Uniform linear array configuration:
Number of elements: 4
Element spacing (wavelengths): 1
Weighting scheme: cosine
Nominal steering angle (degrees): -60
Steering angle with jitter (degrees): -58.546
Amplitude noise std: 0.05
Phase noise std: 0.05

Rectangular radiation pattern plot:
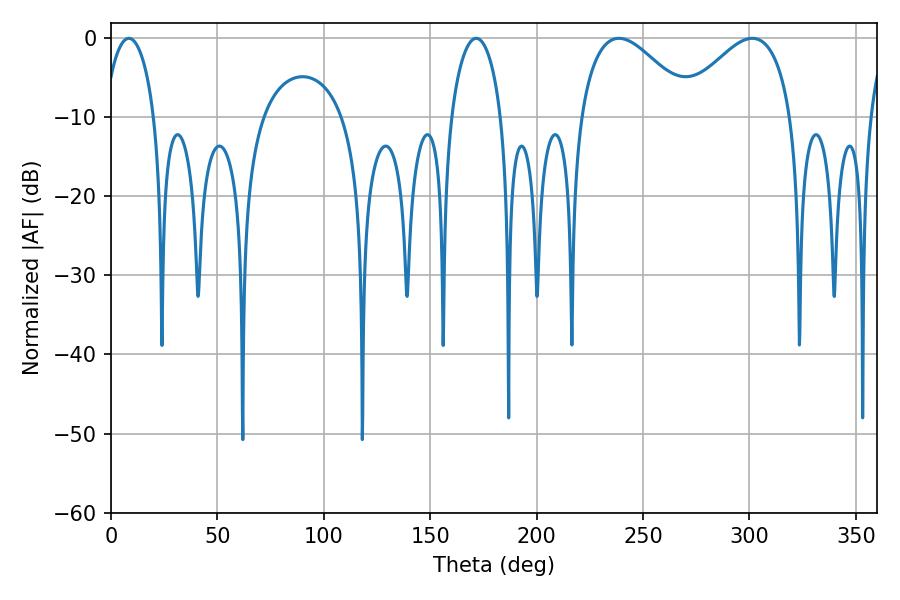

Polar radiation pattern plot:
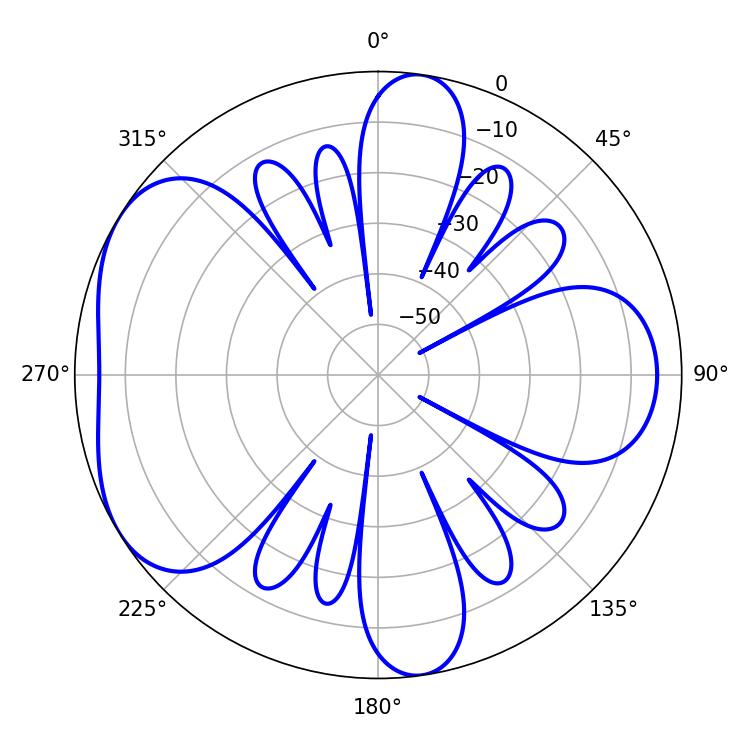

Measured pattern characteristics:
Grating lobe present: TRUE
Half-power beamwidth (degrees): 28.8
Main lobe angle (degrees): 301.32